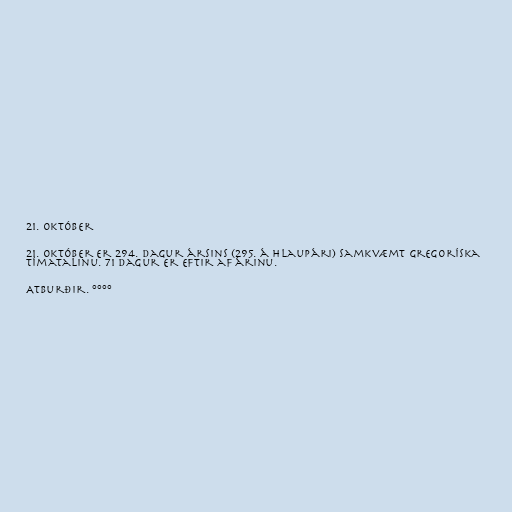
21. október

21. október er 294. dagur ársins (295. á hlaupári) samkvæmt gregoríska
tímatalinu. 71 dagur er eftir af árinu.

Atburðir. °°°°